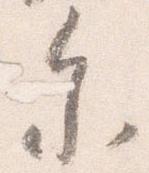
参